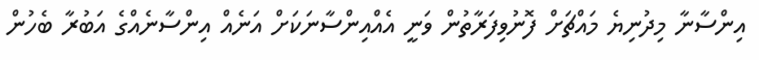
އިންސާނާ މިދުނިޔެ މައްޗަށް ފޮނުވިފަރާތުން ވަނީ އެއްއިންސާނަކަށް އަނެއް އިންސާނެއްގެ އަބުރާ ބެހުން